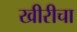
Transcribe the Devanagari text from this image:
खीरीचा